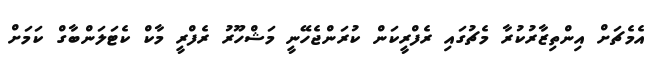
އެމެޗަށް އިންތިޒާރުކުރާ މެޗުގައި ރެފްރީކަން ކުރަންޖެހޭނީ މަޝްހޫރު ރެފްރީ މާކް ކެޓަލަންބާގް ކަމަށް